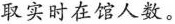
取实时在馆人数。